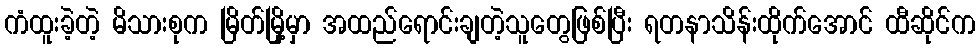
ကံထူးခဲ့တဲ့ မိသားစုက မြိတ်မြို့မှာ အထည်ရောင်းချတဲ့သူတွေဖြစ်ပြီး ရတနာသိန်းထိုက်အောင် ထီဆိုင်က